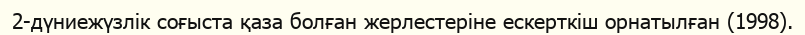
2-дүниежүзлік соғыста қаза болған жерлестеріне ескерткіш орнатылған (1998).